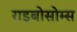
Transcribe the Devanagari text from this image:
राइबोसोम्स